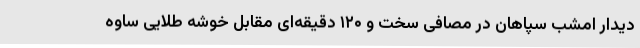
دیدار امشب سپاهان در مصافی سخت و ۱۲۰ دقیقه‌ای مقابل خوشه طلایی ساوه